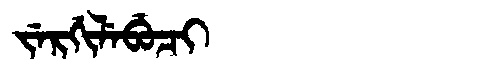
Manchu: ᠵᡝᡵᡤᡳᠯᡝᠪᡠᠴᡳ
Romanization: JERGILEBUCI